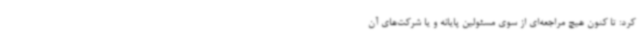
کرد: تا کنون هیچ مراجعه‌ای از سوی مسئولین پایانه و یا شرکت‌های آن